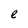
Character: e